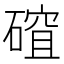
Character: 𥕅